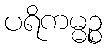
ပရိကမ္မဉ္စ